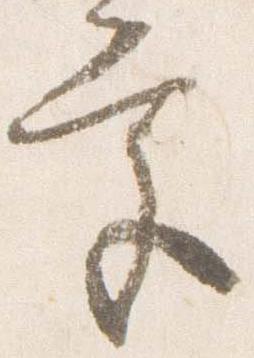
宮